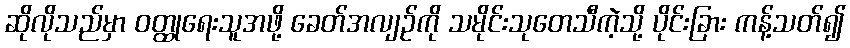
ဆိုလိုသည်မှာ ဝတ္ထုရေးသူအဖို့ ခေတ်အလျဉ်ကို သမိုင်းသုတေသီကဲ့သို့ ပိုင်းခြား ကန့်သတ်၍